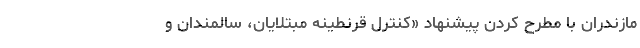
مازندران با مطرح کردن پیشنهاد «کنترل قرنطینه مبتلایان، سالمندان و